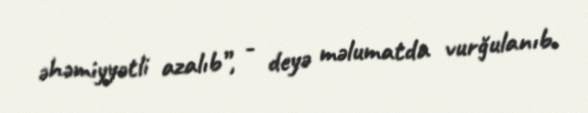
əhəmiyyətli azalıb”, - deyə məlumatda vurğulanıb.